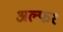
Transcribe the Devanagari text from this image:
अल्फ१